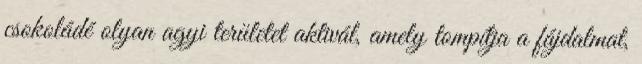
csokoládé olyan agyi területet aktivál, amely tompítja a fájdalmat,